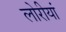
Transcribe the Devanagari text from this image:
लोरीयां